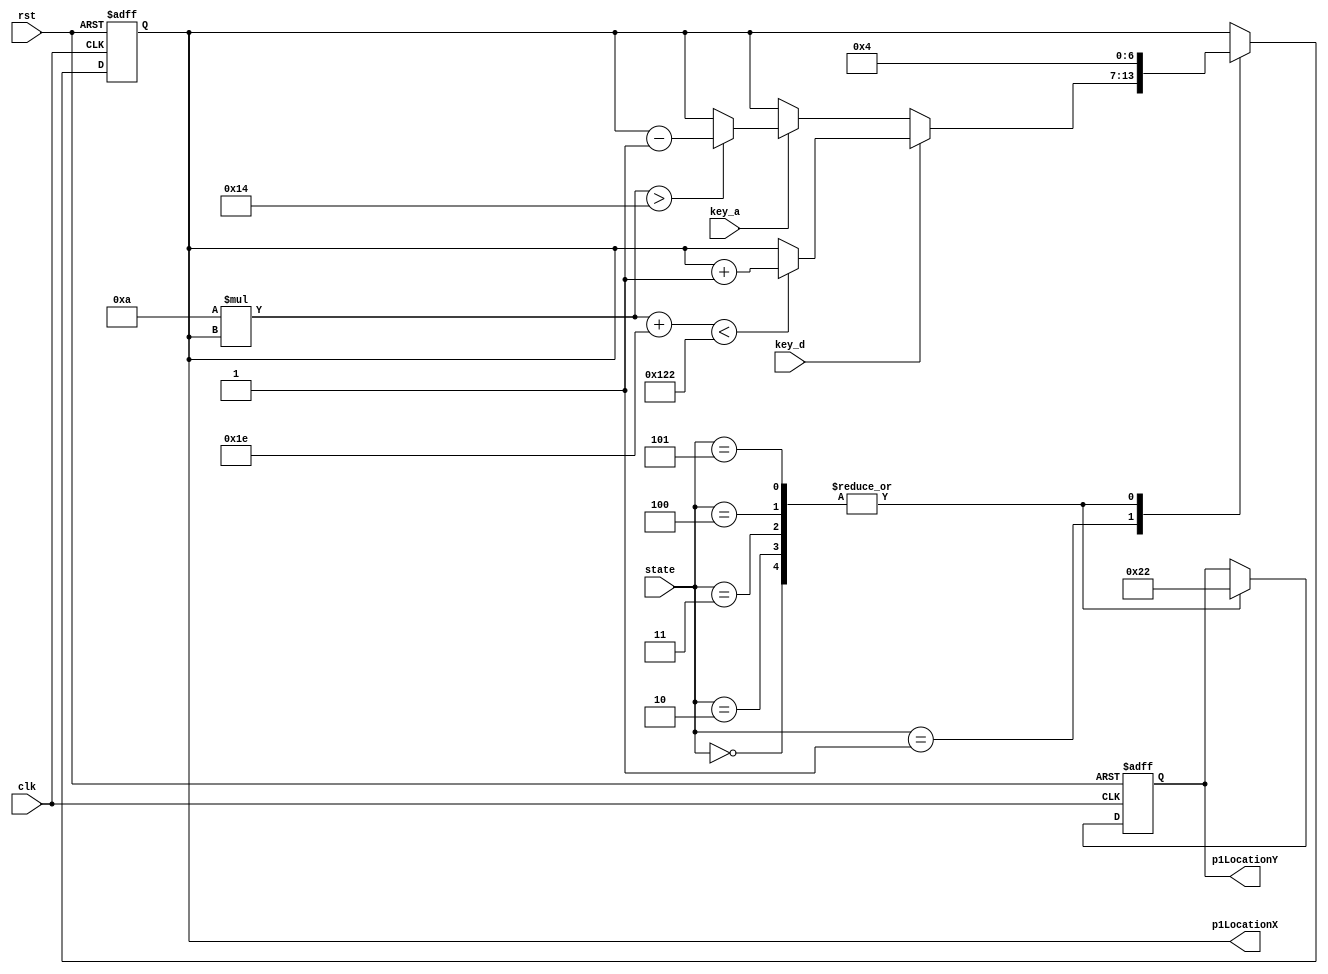
module P1CharacterGen (
	input clk,
	input rst,
	input key_a,
	input key_d,
	input [2:0] state,
	output reg [6:0] p1LocationX,
	output reg [6:0] p1LocationY
);

parameter [2:0] MENU  = 3'b000;
parameter [2:0] GAME  = 3'b001;
parameter [2:0] P1WIN = 3'b010;
parameter [2:0] P2WIN = 3'b011;
parameter [2:0] TIE   = 3'b100;
parameter [2:0] PIONT = 3'b101;

parameter river = 60;
parameter ch_wide = 30;
parameter gap = 20;

reg [6:0] next_p1LocationX;
reg [6:0] next_p1LocationY;

always @(posedge clk, posedge rst) begin
	if (rst) begin
		p1LocationX <= 4;
		p1LocationY <= 34;
	end else begin
		p1LocationX <= next_p1LocationX;
		p1LocationY <= next_p1LocationY;
	end
end

always @(*) begin
	case (state)
		MENU: begin
			next_p1LocationX = 4;
			next_p1LocationY = 34;
		end 
		GAME:
			if (key_d) begin
				if (10*p1LocationX+ch_wide < 640/2-river/2) begin
					next_p1LocationX = p1LocationX + 1;
					next_p1LocationY = p1LocationY;
				end else begin
					next_p1LocationX = p1LocationX;
					next_p1LocationY = p1LocationY;
				end
			end else if (key_a) begin
				if (10*p1LocationX > gap) begin
					next_p1LocationX = p1LocationX - 1;
					next_p1LocationY = p1LocationY;
				end else begin 
					next_p1LocationX = p1LocationX;
					next_p1LocationY = p1LocationY;
				end
			end else begin
				next_p1LocationX = p1LocationX;
				next_p1LocationY = p1LocationY;
			end
		P1WIN: begin
			next_p1LocationX = 4;
			next_p1LocationY = 34;
		end 
		P2WIN: begin
			next_p1LocationX = 4;
			next_p1LocationY = 34;
		end 
		TIE: begin
			next_p1LocationX = 4;
			next_p1LocationY = 34;
		end 
		PIONT: begin
			next_p1LocationX = 4;
			next_p1LocationY = 34;
		end 
		default: begin
			next_p1LocationX = p1LocationX;
			next_p1LocationY = p1LocationY;
		end 
	endcase
end

endmodule